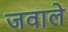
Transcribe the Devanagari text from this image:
जवाले